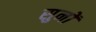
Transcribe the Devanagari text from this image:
सुनों